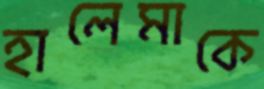
হালেমাকে